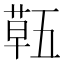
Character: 𮐌